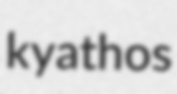
kyathos